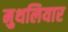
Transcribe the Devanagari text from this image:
मुथलियार